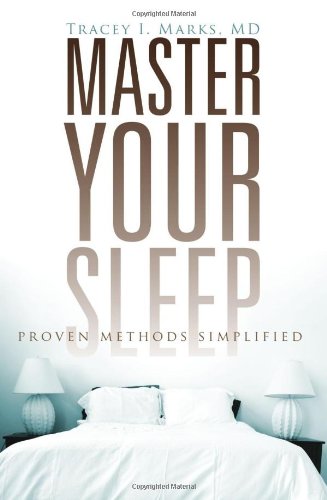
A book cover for Master Your Sleep - Proven Methods Simplified; Tracey I. Marks MD; Health, Fitness & Dieting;